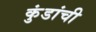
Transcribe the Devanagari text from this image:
कुंडांची